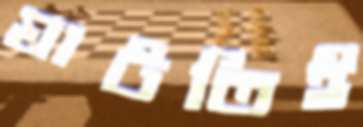
ঘাটতিই